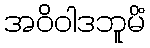
အဝိဝါဒဘူမိံ